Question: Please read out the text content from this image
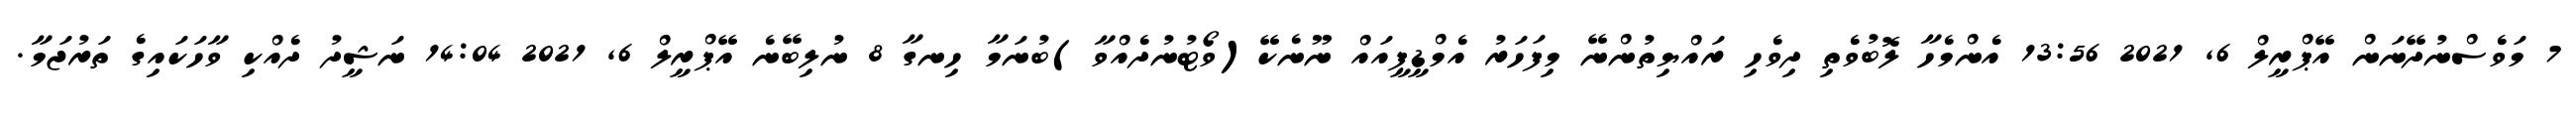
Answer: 7 މަވެސްނުދޭނަން އޭޕްރީލް 6, 2021 13:56 އެންމެހާ ލޮބުވެތި ދިވެހި ރައްޔިތުންނޭ މިފަހަރު އެމްޑީޕީއައް ނޫނެކޭ(ވޯޓުނުދެއްވާ)ބުނަމާ ހިނގާ 8 ނުލިބޭނެ އޭޕްރީލް 6, 2021 14:04 ނަޝީދު ދެއްކި ވާހަކައިގެ ތަރުޖަމާ.